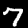
Digit: 7